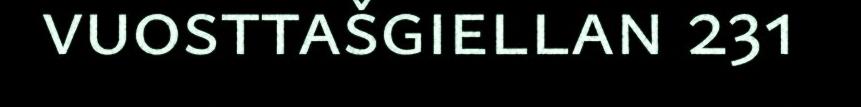
vuosttašgiellan 231